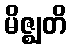
မိဇ္ဈတိ